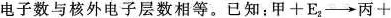
电子数与核外电子层数相等。已知：甲+E_{2}→丙+